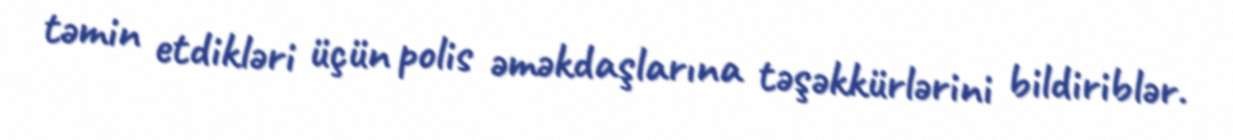
təmin etdikləri üçün polis əməkdaşlarına təşəkkürlərini bildiriblər.